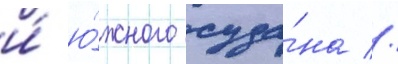
и́ ю́жного суда́на //